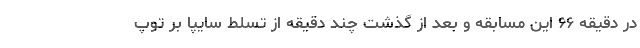
در دقیقه ۶۶ این مسابقه و بعد از گذشت چند دقیقه از تسلط سایپا بر توپ